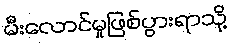
မီးလောင်မှုဖြစ်ပွားရာသို့